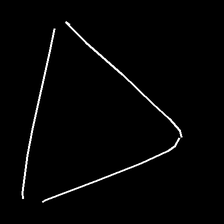
Glyph: convergence